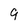
Character: 9